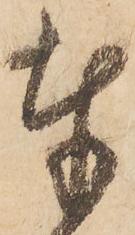
奉